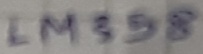
Text: LM358